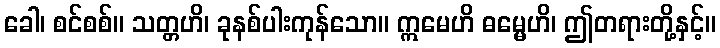
ခေါ၊ စင်စစ်။ သတ္တဟိ၊ ခုနစ်ပါးကုန်သော။ ဣမေဟိ ဓမ္မေဟိ၊ ဤတရားတို့နှင့်။